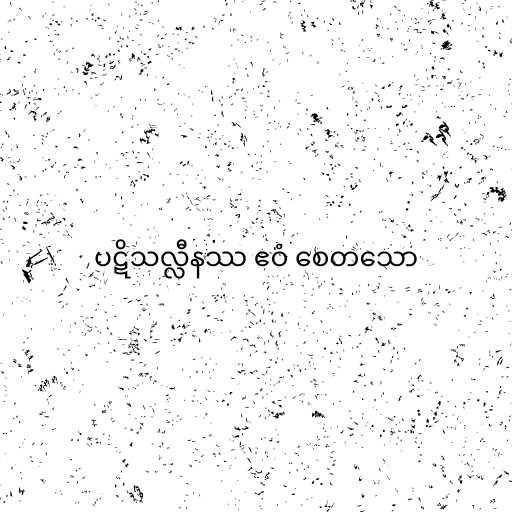
ပဋိသလ္လီနဿ ဧဝံ စေတသော